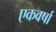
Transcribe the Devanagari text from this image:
एकवर्षा